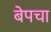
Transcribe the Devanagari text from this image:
बेपचा